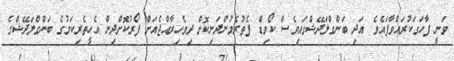
ވަނީ ފާހަގަކުރައްވާފައެވެ. އަދި ބަންގްލަދޭޝްގައިވެސް ކޯވިޑް ފެތުރެމުންދަނިކޮށް ދިވެހިރާއްޖެއަށް ފޯރުކޮށްދިން އެހީތެރިކަމުގެ ބަންގްލަދޭޝްގެ